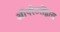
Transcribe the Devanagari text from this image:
ऑपरेटरोंद्वारा